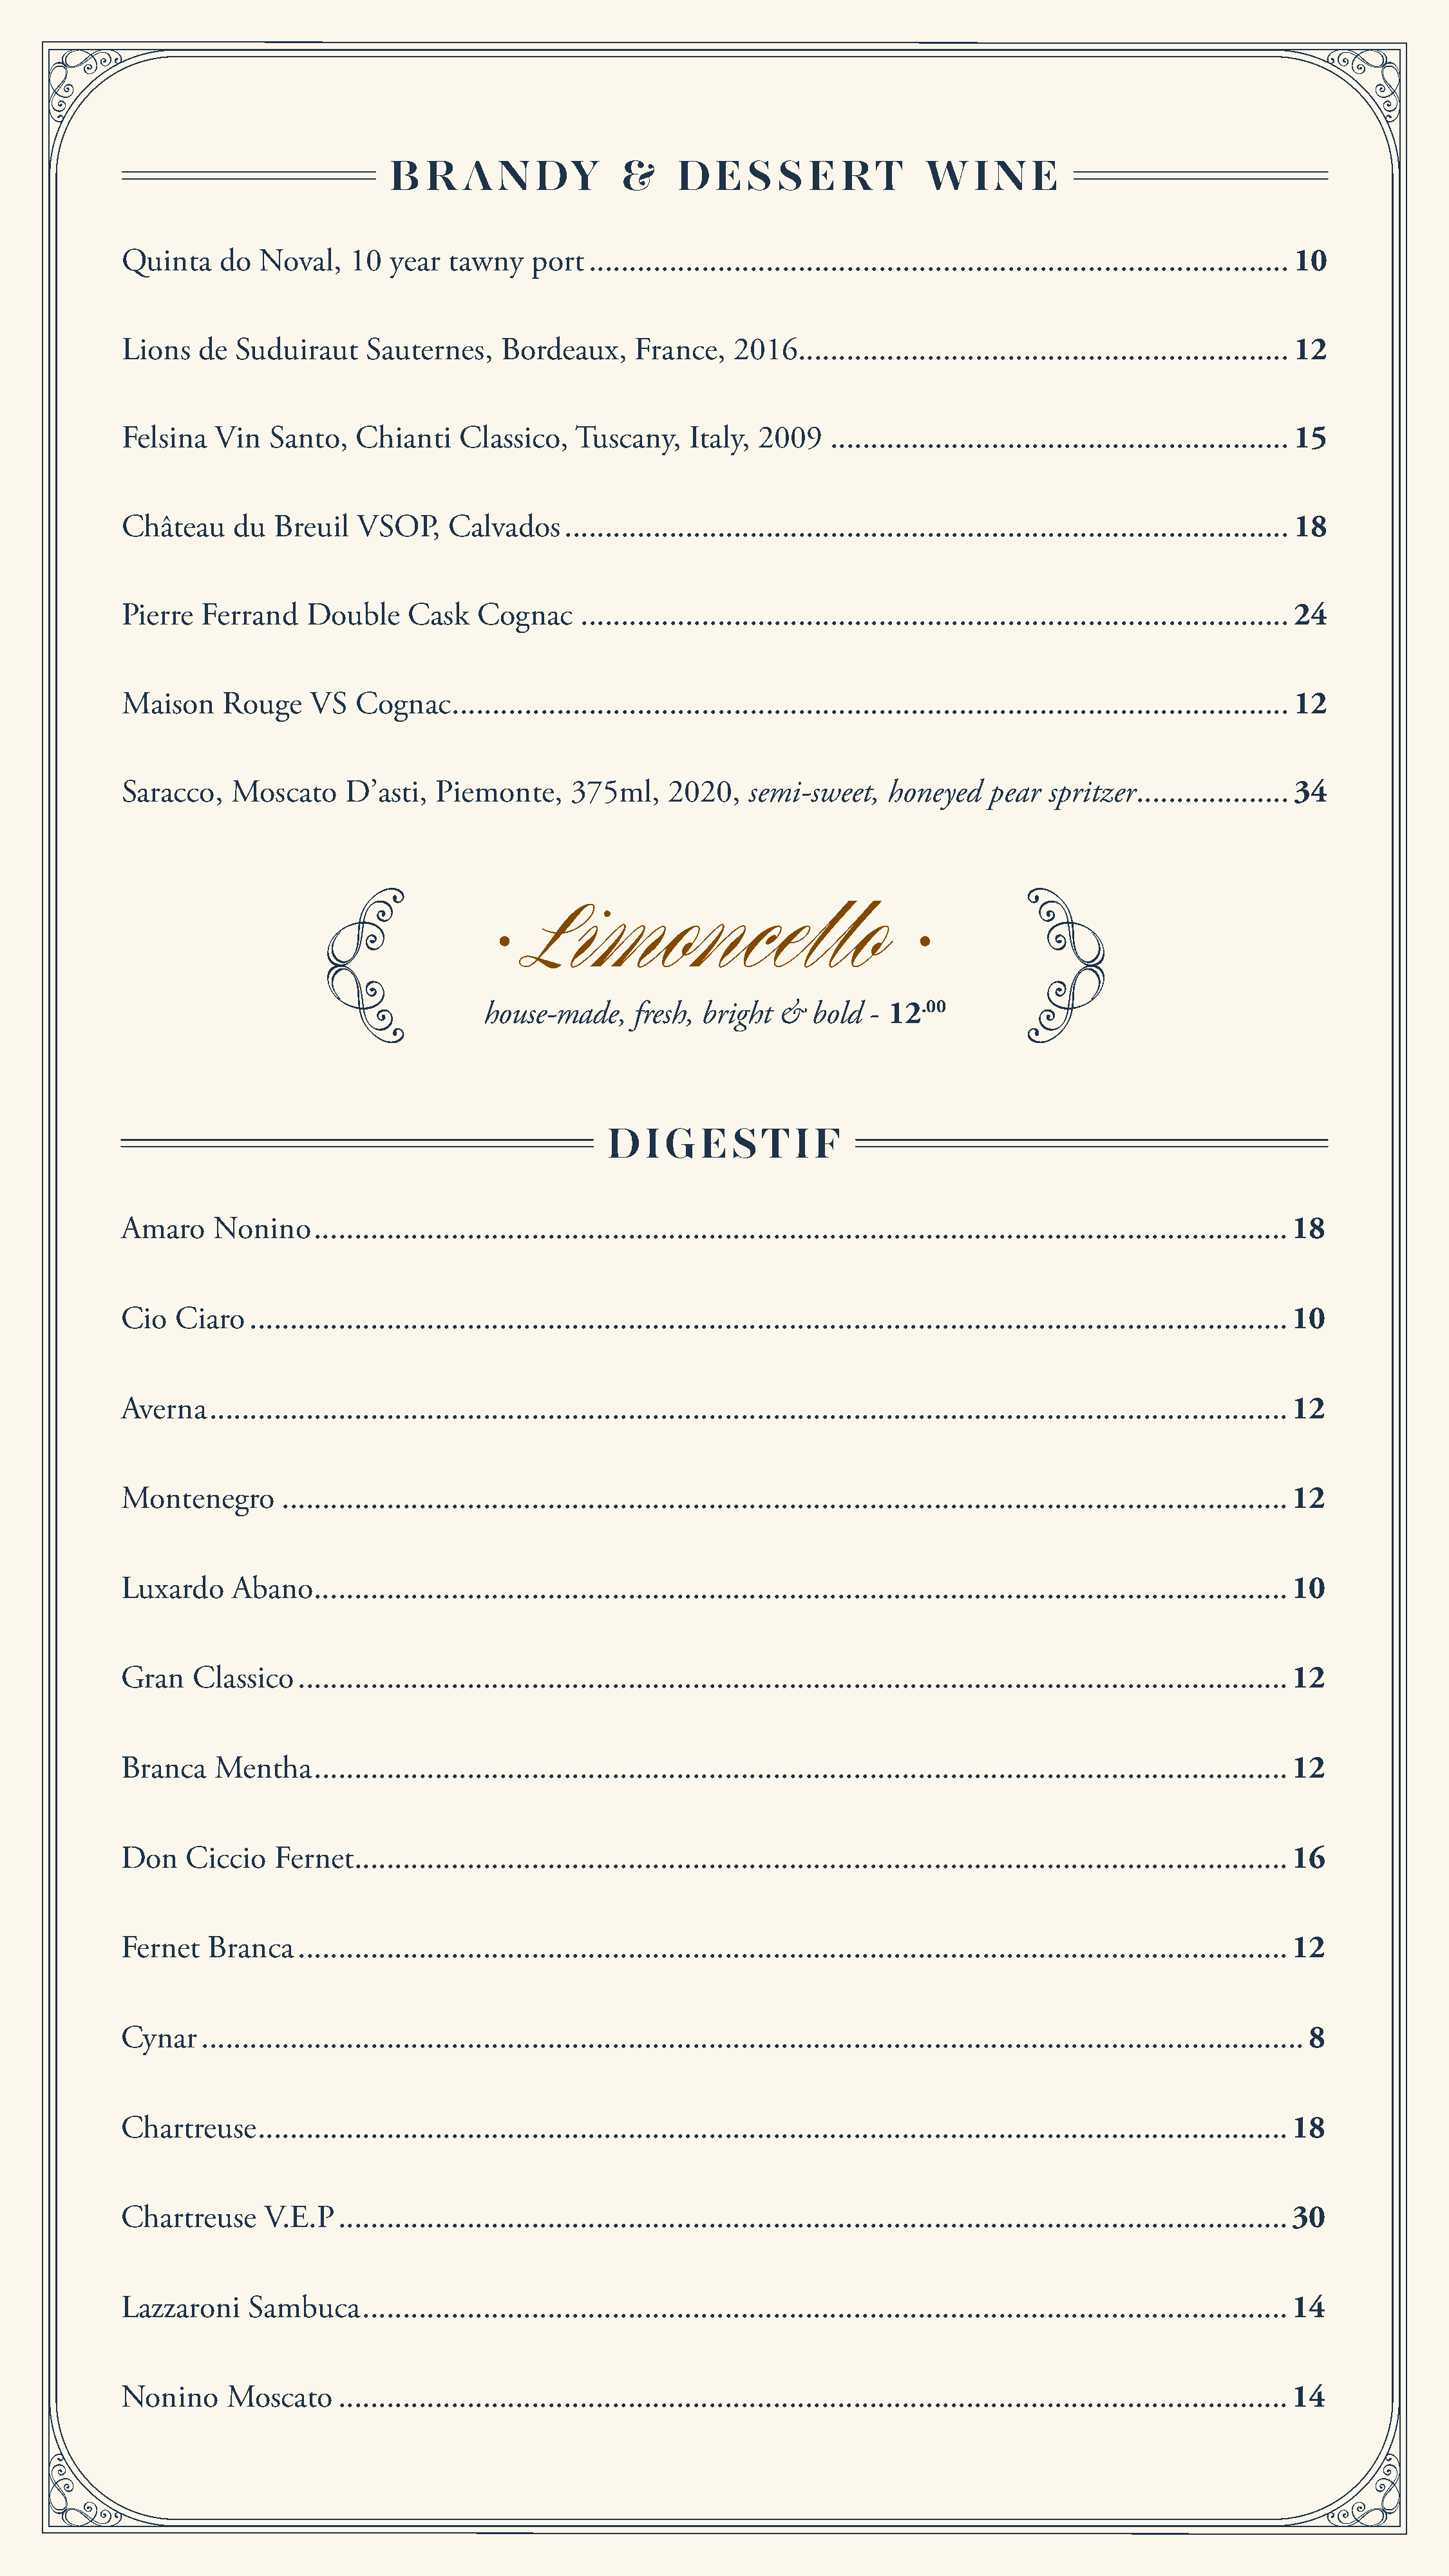
B   R   A  N   DY       &     D   ESS      E  RT       W    I N   E
 Quinta     do  Noval,   10  year  tawny    port ....................................................................................... 10
 Lions   de  Suduiraut     Sauternes,   Bordeaux,     France,   2016............................................................. 12
 Felsina   Vin   Santo,   Chianti   Classico,   Tuscany,    Italy, 2009   ......................................................... 15
 Château     du  Breuil   VSOP,    Calvados    .......................................................................................... 18
 Pierre   Ferrand   Double     Cask   Cognac     ........................................................................................ 24
 Maison     Rouge    VS   Cognac   ........................................................................................................ 12
 Saracco,    Moscato    D’asti,   Piemonte,     375ml,    2020,   semi-sweet,   honeyed    pear  spritzer ................... 34
 •   Limoncello                             •
 house-made,    fresh, bright  &  bold  - 12.00
 D   I G   EST       I F
 Amaro     Nonino    ......................................................................................................................... 18
 Cio   Ciaro   ................................................................................................................................. 10
 Averna    ...................................................................................................................................... 12
 Montenegro       ............................................................................................................................. 12
 Luxardo     Abano   ......................................................................................................................... 10
 Gran    Classico   ........................................................................................................................... 12
 Branca    Mentha    ......................................................................................................................... 12
 Don    Ciccio   Fernet  .................................................................................................................... 16
 Fernet   Branca    ........................................................................................................................... 12
 Cynar    ......................................................................................................................................... 8
 Chartreuse    ................................................................................................................................ 18
 Chartreuse     V.E.P   ...................................................................................................................... 30
 Lazzaroni     Sambuca    ................................................................................................................... 14
 Nonino     Moscato     ...................................................................................................................... 14